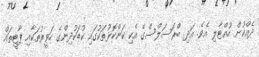
ދެއްކުން ހުއްޓާލި އެވެ. އަދި ބްރަސަލްސްގެ އެކި ކަންކޮޅުތަކުގައި ކުޑަކުދިންގެ ހަވީރުތަކާއި ޕާޓީތައް